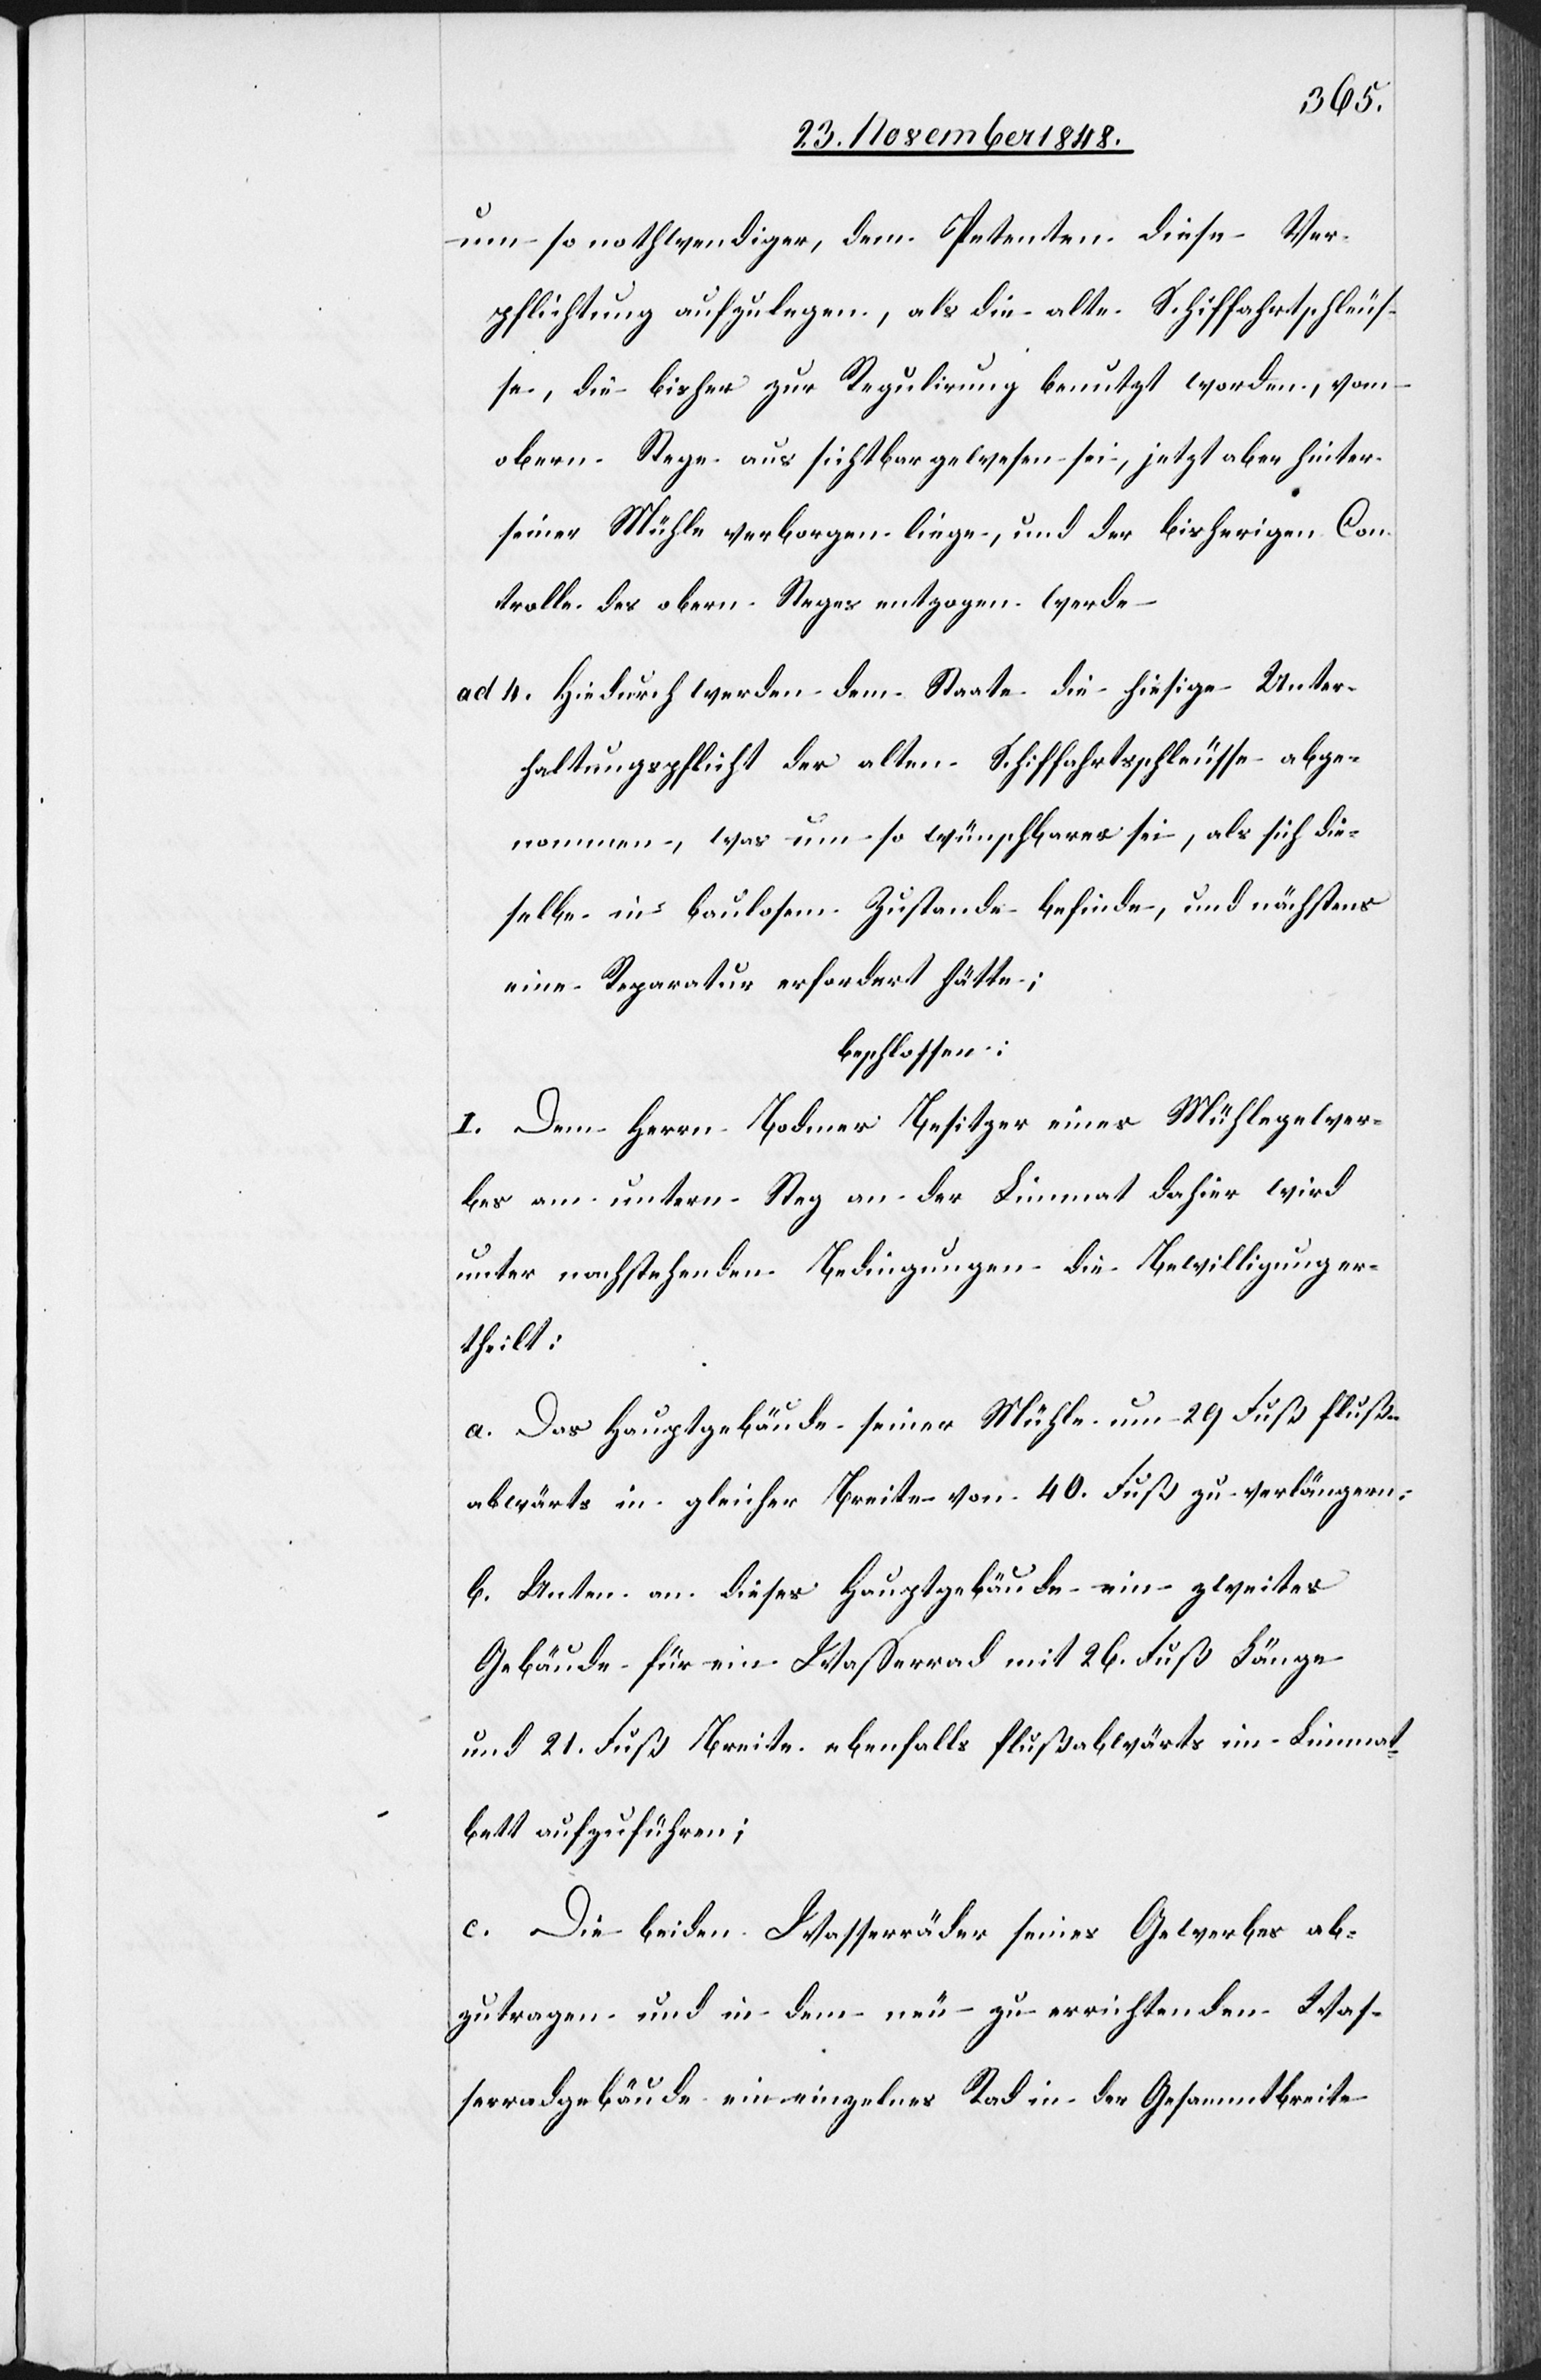
um so nothwendiger, dem Petenten diese Ver¬
pflichtung aufzulegen, als die alte Schiffahrtschleus¬
se, die bisher zur Regulirung benutzt worden, vom
obern Stege aus sichtbar gewesen sei, jetzt aber hinter
seiner Mühle verborgen liege, und der bisherigen Con¬
trolle des obern Steges entzogen werde.
ad 4. Hiedurch werden dem Staate die hiesige Unter¬
haltungspflicht der alten Schiffahrtsschleusse abge¬
nommen, was um so wünschbarer sei, als sich die¬
selbe in baulosem Zustande befinde, und nächstens
eine Reparatur erfordert hätte;
beschlossen:
I. Dem Herrn Bodmer Besitzer eines Mühlegewer¬
bes am untern Steg an der Limmat dahier wird
unter nachstehenden Bedingungen die Bewilligung er¬
theilt:
a. Das Hauptgebäude seiner Mühle um 29 Fuß fluß¬
abwärts in gleicher Breite von 40. Fuß zu verlängern.
b. Unten an dieses Hauptgebäude ein zweites
Gebäude für ein Wasserrad mit 26. Fuß Länge
und 21. Fuß Breite ebenfalls flußabwärts im Limmat¬
bett aufzuführen;
c. Die beiden Wasserräder seines Gewerbes ab¬
zutragen und in dem neu zu errichtenden Was¬
serradgebäude ein einzelnes Rad in der Gesammtbreite